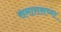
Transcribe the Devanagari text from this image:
समारासच्या